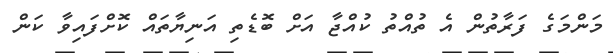
މަންމަގެ ފަރާތުން އެ ތުއްތު ކުއްޖާ އަށް ބޮޑެތި އަނިޔާތައް ކޮށްފައިވާ ކަން